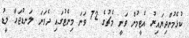
ކުޅެމުންދިޔައިރު އެޓީމުން ވަނީ މެޗުގެ 72 ވަނަ މިނެޓުގައި ދެވަނަ ލަނޑުޖަހާ ލީޑު